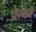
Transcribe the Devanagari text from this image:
फ्रेवर